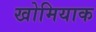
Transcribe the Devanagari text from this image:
खोमियाक